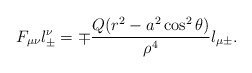
\begin{align*}F_{\mu\nu}l^\nu_{\pm}=\mp\frac{Q(r^2-a^2\cos^2\theta)}{\rho^4}l_{\mu\pm}.\end{align*}